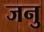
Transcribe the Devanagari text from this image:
जनु